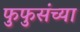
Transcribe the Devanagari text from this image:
फुफुसंच्या